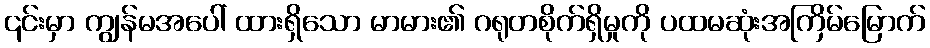
၎င်းမှာ ကျွန်မအပေါ် ထားရှိသော မာမား၏ ဂရုတစိုက်ရှိမှုကို ပထမဆုံးအကြိမ်မြောက်